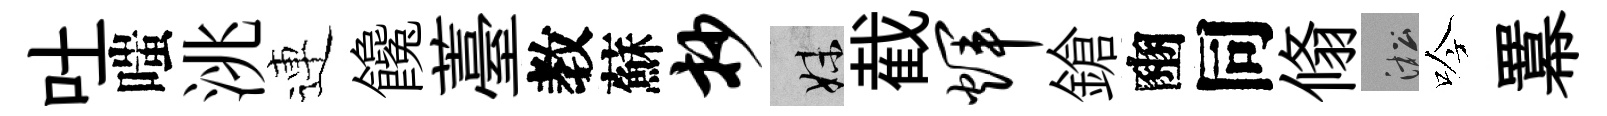
吐嗤洮連饞薹教蘇抄妹截辉鎗豳同翛淞吟羃